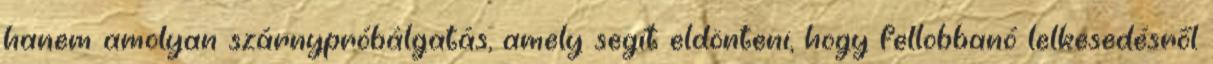
hanem amolyan szárnypróbálgatás, amely segít eldönteni, hogy fellobbanó lelkesedésről